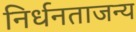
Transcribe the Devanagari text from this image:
निर्धनताजन्य